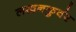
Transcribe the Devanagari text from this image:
लखनकुवंर